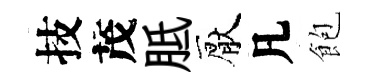
技茂胝厭凡飽